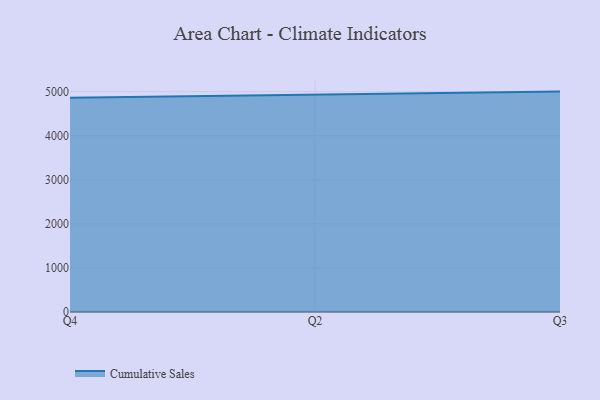
{"axis": {"x": "Quarter", "y": "Humidity (%)"}, "legend": ["Cumulative Sales"], "data": [{"x": "Q4", "y": 4861.3, "type": "Cumulative Sales"}, {"x": "Q2", "y": 4937.6, "type": "Cumulative Sales"}, {"x": "Q3", "y": 5000, "type": "Cumulative Sales"}]}